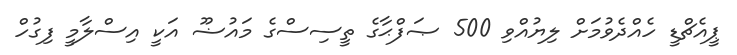
ޕީއެޗްޑީ ހެއްދެވުމަށް ލިޔުއްވި 500 ޞަފްޙާގެ ތީސިސްގެ މައުޟޫ އަކީ އިސްލާމީ ފިގުހް